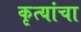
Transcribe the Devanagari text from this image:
कृत्यांचा